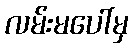
လမ်းမပေါ်မှ